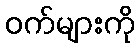
ဝက်များကို